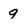
Character: 9